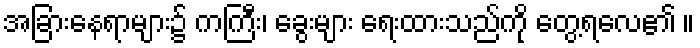
အခြားနေရာများ၌ ကကြီး၊ ခွေးများ ရေးထားသည်ကို တွေ့ရလေ၏ ။